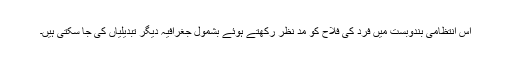
اس انتظامی بندوبست میں فرد کی فلاح کو مد نظر رکھتے ہوئے بشمول جغرافیہ دیگر تبدیلیاں کی جا سکتی ہیں۔